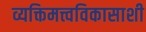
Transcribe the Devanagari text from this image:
व्यक्तिमत्त्वविकासाशी